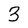
Character: 3